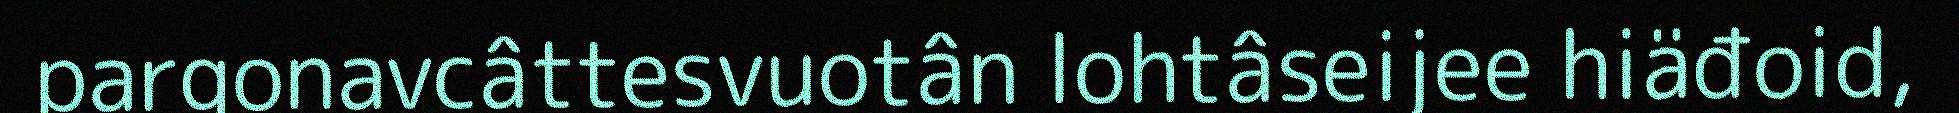
pargonavcâttesvuotân lohtâseijee hiäđoid,